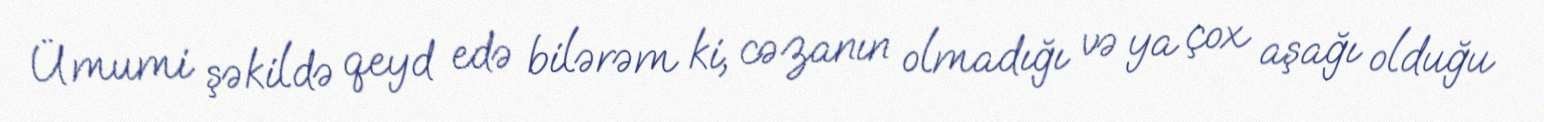
Ümumi şəkildə qeyd edə bilərəm ki, cəzanın olmadığı və ya çox aşağı olduğu